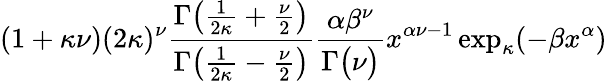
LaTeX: (1+\kappa\nu)(2\kappa)^{\nu}{\frac{\Gamma{\big(}{\frac{1}{2\kappa}}+{\frac{\nu}{2}}{\big)}}{\Gamma{\big(}{\frac{1}{2\kappa}}-{\frac{\nu}{2}}{\big)}}}{\frac{\alpha\beta^{\nu}}{\Gamma{\big(}\nu{\big)}}}x^{\alpha\nu-1}\exp_{\kappa}(-\beta x^{\alpha})